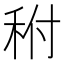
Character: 𥞂